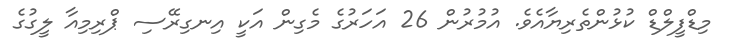
މިޑްފީލްޑް ކުޅުންތެރިޔާއެވެ. އުމުރުން 26 އަހަރުގެ މެގިން އަކީ އިނގިރޭސި ޕްރިމިއާ ލީގުގެ